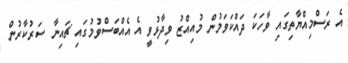
އެ ރަސްމިއްޔާތިގައި ވާހަކަ ދައްކަވަމުން މުއިއްޒު ވިދާޅުވީ އެ އެއްބަސްވުމުގައި ޗައިނާ ސަރުކާރުން